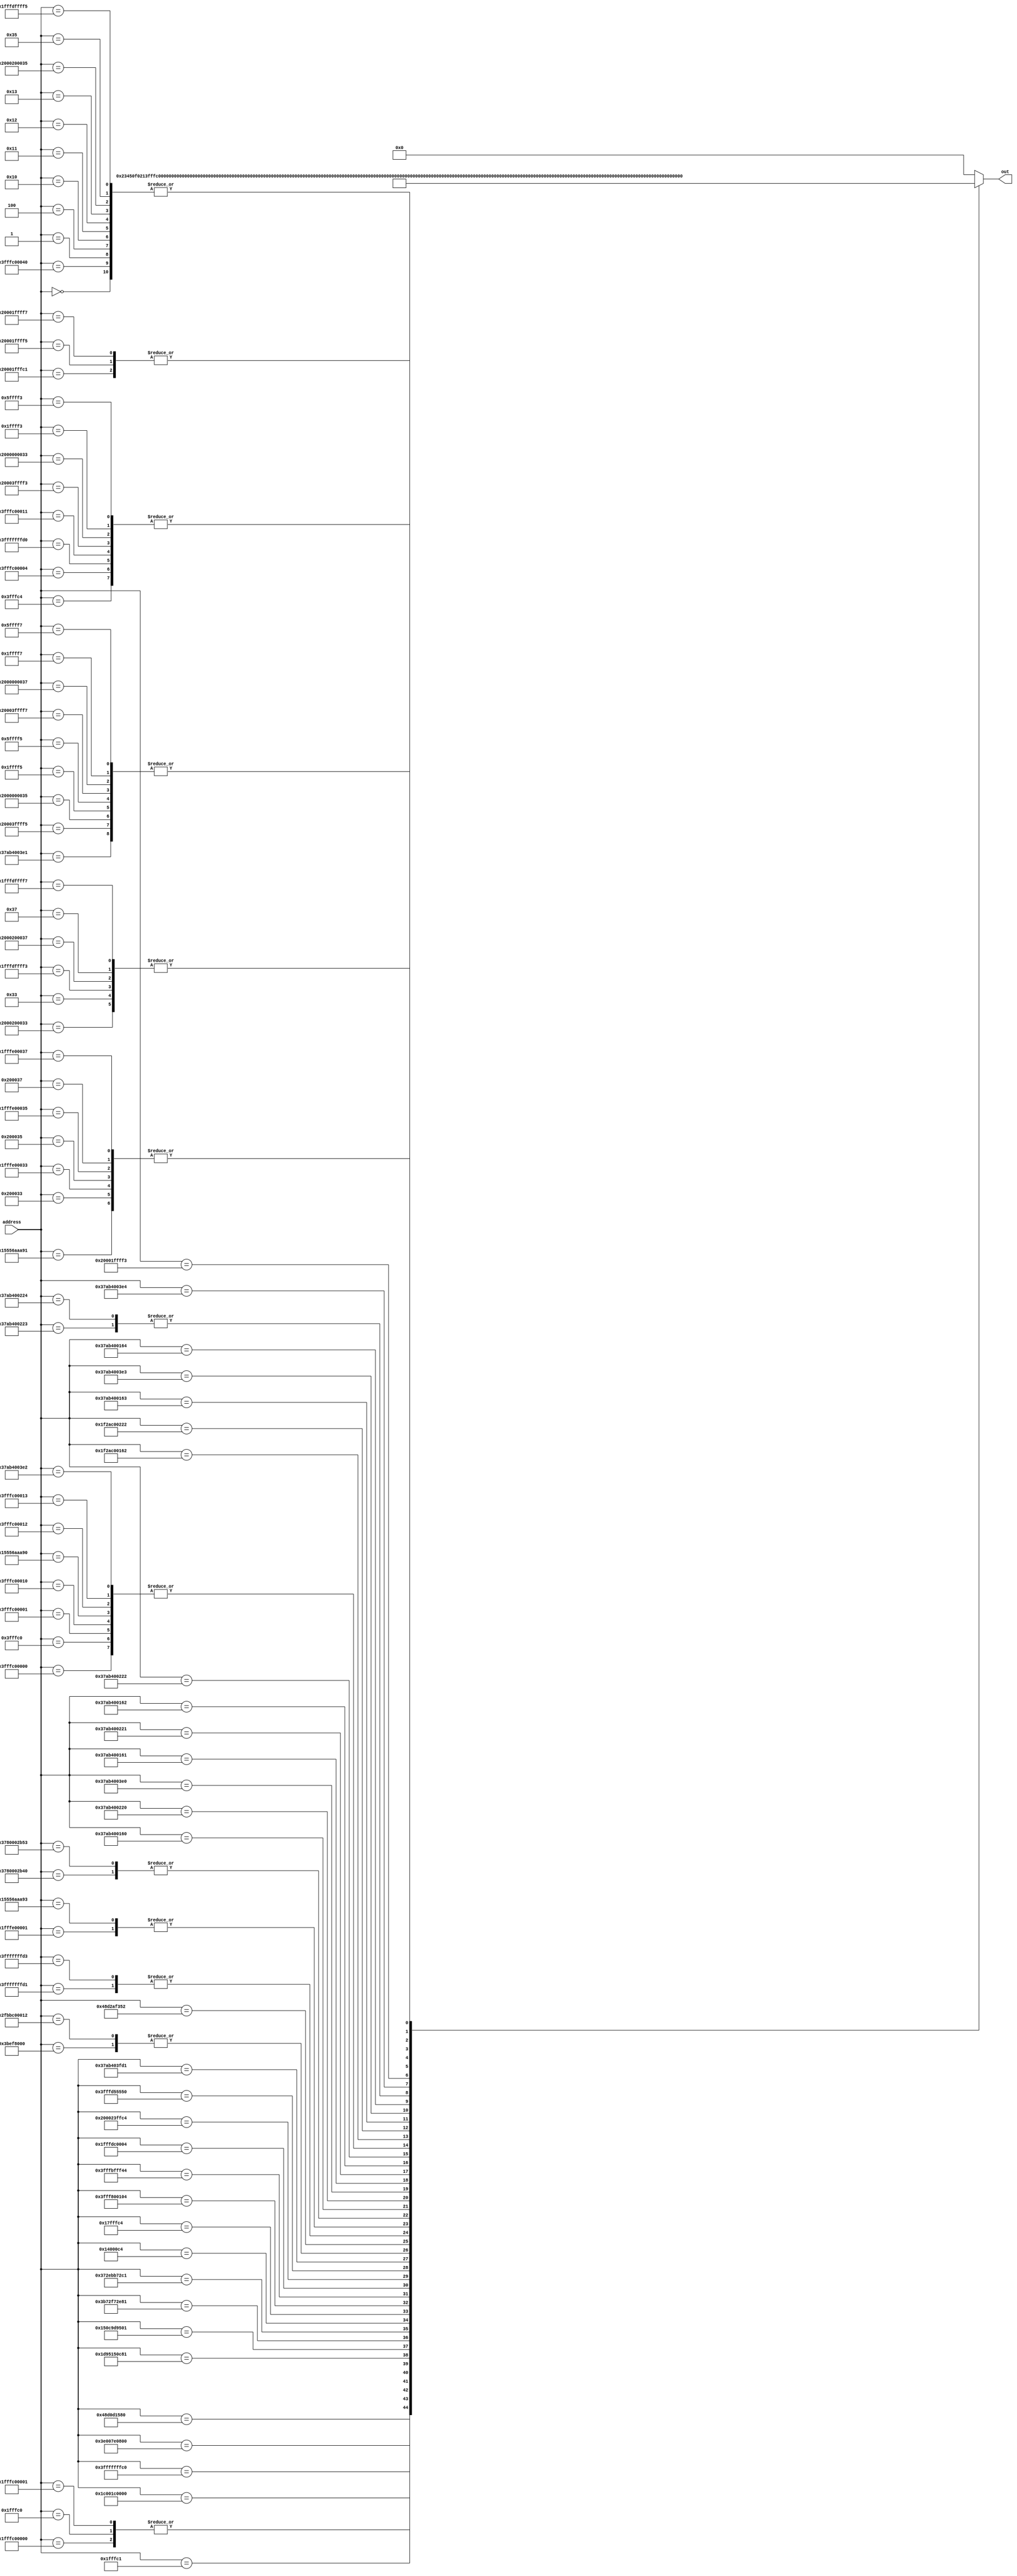
/*
   This file was generated automatically by Alchitry Labs version 1.2.7.
   Do not edit this file directly. Instead edit the original Lucid source.
   This is a temporary file and any changes made to it will be destroyed.
*/

module answer_rom_2 (
    input [37:0] address,
    output reg [18:0] out
  );
  
  
  
  always @* begin
    
    case (address)
      38'h0000000000: begin
        out = 19'h00004;
      end
      38'h1fffc00000: begin
        out = 19'h3fff8;
      end
      38'h00001fffc0: begin
        out = 19'h3fff8;
      end
      38'h3fffc00000: begin
        out = 19'h7fff9;
      end
      38'h00003fffc0: begin
        out = 19'h7fff9;
      end
      38'h048d0d1580: begin
        out = 19'h23450;
      end
      38'h3e007e0800: begin
        out = 19'h78109;
      end
      38'h3780002b40: begin
        out = 19'h6f569;
      end
      38'h003bef8000: begin
        out = 19'h5f779;
      end
      38'h3fffffffc0: begin
        out = 19'h7fff1;
      end
      38'h1c001c0000: begin
        out = 19'h70003;
      end
      38'h3fffc00040: begin
        out = 19'h00004;
      end
      38'h0000000001: begin
        out = 19'h00004;
      end
      38'h1fffc00001: begin
        out = 19'h3fff8;
      end
      38'h00001fffc1: begin
        out = 19'h40009;
      end
      38'h3fffc00001: begin
        out = 19'h7fff9;
      end
      38'h00001fffc1: begin
        out = 19'h40009;
      end
      38'h1d95150c81: begin
        out = 19'h11110;
      end
      38'h150c9d9501: begin
        out = 19'h6eef1;
      end
      38'h3b72f72e81: begin
        out = 19'h08888;
      end
      38'h372ebb72c1: begin
        out = 19'h77779;
      end
      38'h1fffe00001: begin
        out = 19'h7fffb;
      end
      38'h20001fffc1: begin
        out = 19'h0000a;
      end
      38'h0000000004: begin
        out = 19'h00004;
      end
      38'h00001fffc4: begin
        out = 19'h00000;
      end
      38'h00003fffc4: begin
        out = 19'h00001;
      end
      38'h1fffc00004: begin
        out = 19'h00000;
      end
      38'h3fffc00004: begin
        out = 19'h00001;
      end
      38'h00014000c4: begin
        out = 19'h00078;
      end
      38'h00017fffc4: begin
        out = 19'h7ffd8;
      end
      38'h3fff800104: begin
        out = 19'h7ffc0;
      end
      38'h3fffbfff44: begin
        out = 19'h00031;
      end
      38'h1fffdc0004: begin
        out = 19'h48003;
      end
      38'h200023ffc4: begin
        out = 19'h40002;
      end
      38'h0000000010: begin
        out = 19'h00004;
      end
      38'h3fffffffd0: begin
        out = 19'h00001;
      end
      38'h3fffc00010: begin
        out = 19'h7fff9;
      end
      38'h15556aaa90: begin
        out = 19'h7fff9;
      end
      38'h3fffd55550: begin
        out = 19'h55550;
      end
      38'h0000000011: begin
        out = 19'h00004;
      end
      38'h3fffffffd1: begin
        out = 19'h7fffc;
      end
      38'h3fffc00011: begin
        out = 19'h00001;
      end
      38'h15556aaa91: begin
        out = 19'h00003;
      end
      38'h37ab403fd1: begin
        out = 19'h00569;
      end
      38'h0000000012: begin
        out = 19'h00004;
      end
      38'h3fffc00012: begin
        out = 19'h7fff9;
      end
      38'h2fbbc00012: begin
        out = 19'h5f779;
      end
      38'h048d2af352: begin
        out = 19'h091a1;
      end
      38'h0000000013: begin
        out = 19'h00004;
      end
      38'h3fffffffd3: begin
        out = 19'h7fffc;
      end
      38'h3fffc00013: begin
        out = 19'h7fff9;
      end
      38'h15556aaa93: begin
        out = 19'h7fffb;
      end
      38'h3780002b53: begin
        out = 19'h6f569;
      end
      38'h37ab400160: begin
        out = 19'h6ad01;
      end
      38'h37ab400220: begin
        out = 19'h56801;
      end
      38'h37ab4003e0: begin
        out = 19'h40001;
      end
      38'h37ab400161: begin
        out = 19'h037a9;
      end
      38'h37ab400221: begin
        out = 19'h006f1;
      end
      38'h37ab4003e1: begin
        out = 19'h00009;
      end
      38'h37ab400162: begin
        out = 19'h7f7a9;
      end
      38'h37ab400222: begin
        out = 19'h7fef1;
      end
      38'h37ab4003e2: begin
        out = 19'h7fff9;
      end
      38'h1f2ac00162: begin
        out = 19'h01f28;
      end
      38'h1f2ac00222: begin
        out = 19'h003e0;
      end
      38'h1f2ac003e2: begin
        out = 19'h00000;
      end
      38'h37ab400163: begin
        out = 19'h6add9;
      end
      38'h37ab400223: begin
        out = 19'h56ef1;
      end
      38'h37ab4003e3: begin
        out = 19'h77ab1;
      end
      38'h37ab400164: begin
        out = 19'h377a9;
      end
      38'h37ab400224: begin
        out = 19'h56ef1;
      end
      38'h37ab4003e4: begin
        out = 19'h5ead9;
      end
      38'h20003ffff3: begin
        out = 19'h00001;
      end
      38'h2000000033: begin
        out = 19'h00001;
      end
      38'h20001ffff3: begin
        out = 19'h00002;
      end
      38'h00001ffff3: begin
        out = 19'h00001;
      end
      38'h00005ffff3: begin
        out = 19'h00001;
      end
      38'h2000200033: begin
        out = 19'h0000c;
      end
      38'h0000000033: begin
        out = 19'h0000c;
      end
      38'h1fffdffff3: begin
        out = 19'h0000c;
      end
      38'h3fffe00033: begin
        out = 19'h00000;
      end
      38'h0000200033: begin
        out = 19'h00003;
      end
      38'h1fffe00033: begin
        out = 19'h00003;
      end
      38'h1fffc00033: begin
        out = 19'h00000;
      end
      38'h1fffc00073: begin
        out = 19'h00000;
      end
      38'h20003ffff5: begin
        out = 19'h00009;
      end
      38'h2000000035: begin
        out = 19'h00009;
      end
      38'h20001ffff5: begin
        out = 19'h0000a;
      end
      38'h00001ffff5: begin
        out = 19'h00009;
      end
      38'h00005ffff5: begin
        out = 19'h00009;
      end
      38'h2000200035: begin
        out = 19'h00004;
      end
      38'h0000000035: begin
        out = 19'h00004;
      end
      38'h1fffdffff5: begin
        out = 19'h00004;
      end
      38'h3fffe00035: begin
        out = 19'h00000;
      end
      38'h0000200035: begin
        out = 19'h00003;
      end
      38'h1fffe00035: begin
        out = 19'h00003;
      end
      38'h1fffc00035: begin
        out = 19'h00000;
      end
      38'h1fffc00075: begin
        out = 19'h00000;
      end
      38'h20003ffff7: begin
        out = 19'h00009;
      end
      38'h2000000037: begin
        out = 19'h00009;
      end
      38'h20001ffff7: begin
        out = 19'h0000a;
      end
      38'h00001ffff7: begin
        out = 19'h00009;
      end
      38'h00005ffff7: begin
        out = 19'h00009;
      end
      38'h2000200037: begin
        out = 19'h0000c;
      end
      38'h0000000037: begin
        out = 19'h0000c;
      end
      38'h1fffdffff7: begin
        out = 19'h0000c;
      end
      38'h3fffe00037: begin
        out = 19'h00000;
      end
      38'h0000200037: begin
        out = 19'h00003;
      end
      38'h1fffe00037: begin
        out = 19'h00003;
      end
      38'h1fffc00037: begin
        out = 19'h00000;
      end
      38'h1fffc00077: begin
        out = 19'h00000;
      end
      default: begin
        out = 19'h00000;
      end
    endcase
  end
endmodule